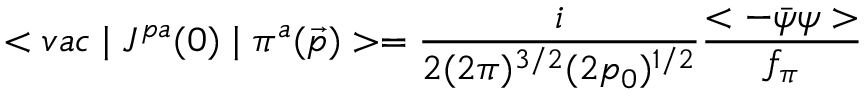
< v a c \mid J ^ { p a } ( 0 ) \mid \pi ^ { a } ( \vec { p } ) > = \frac { i } { 2 ( 2 \pi ) ^ { 3 / 2 } ( 2 p _ { 0 } ) ^ { 1 / 2 } } \frac { < - \bar { \psi } \psi > } { f _ { \pi } }